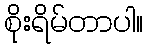
စိုးရိမ်တာပါ။